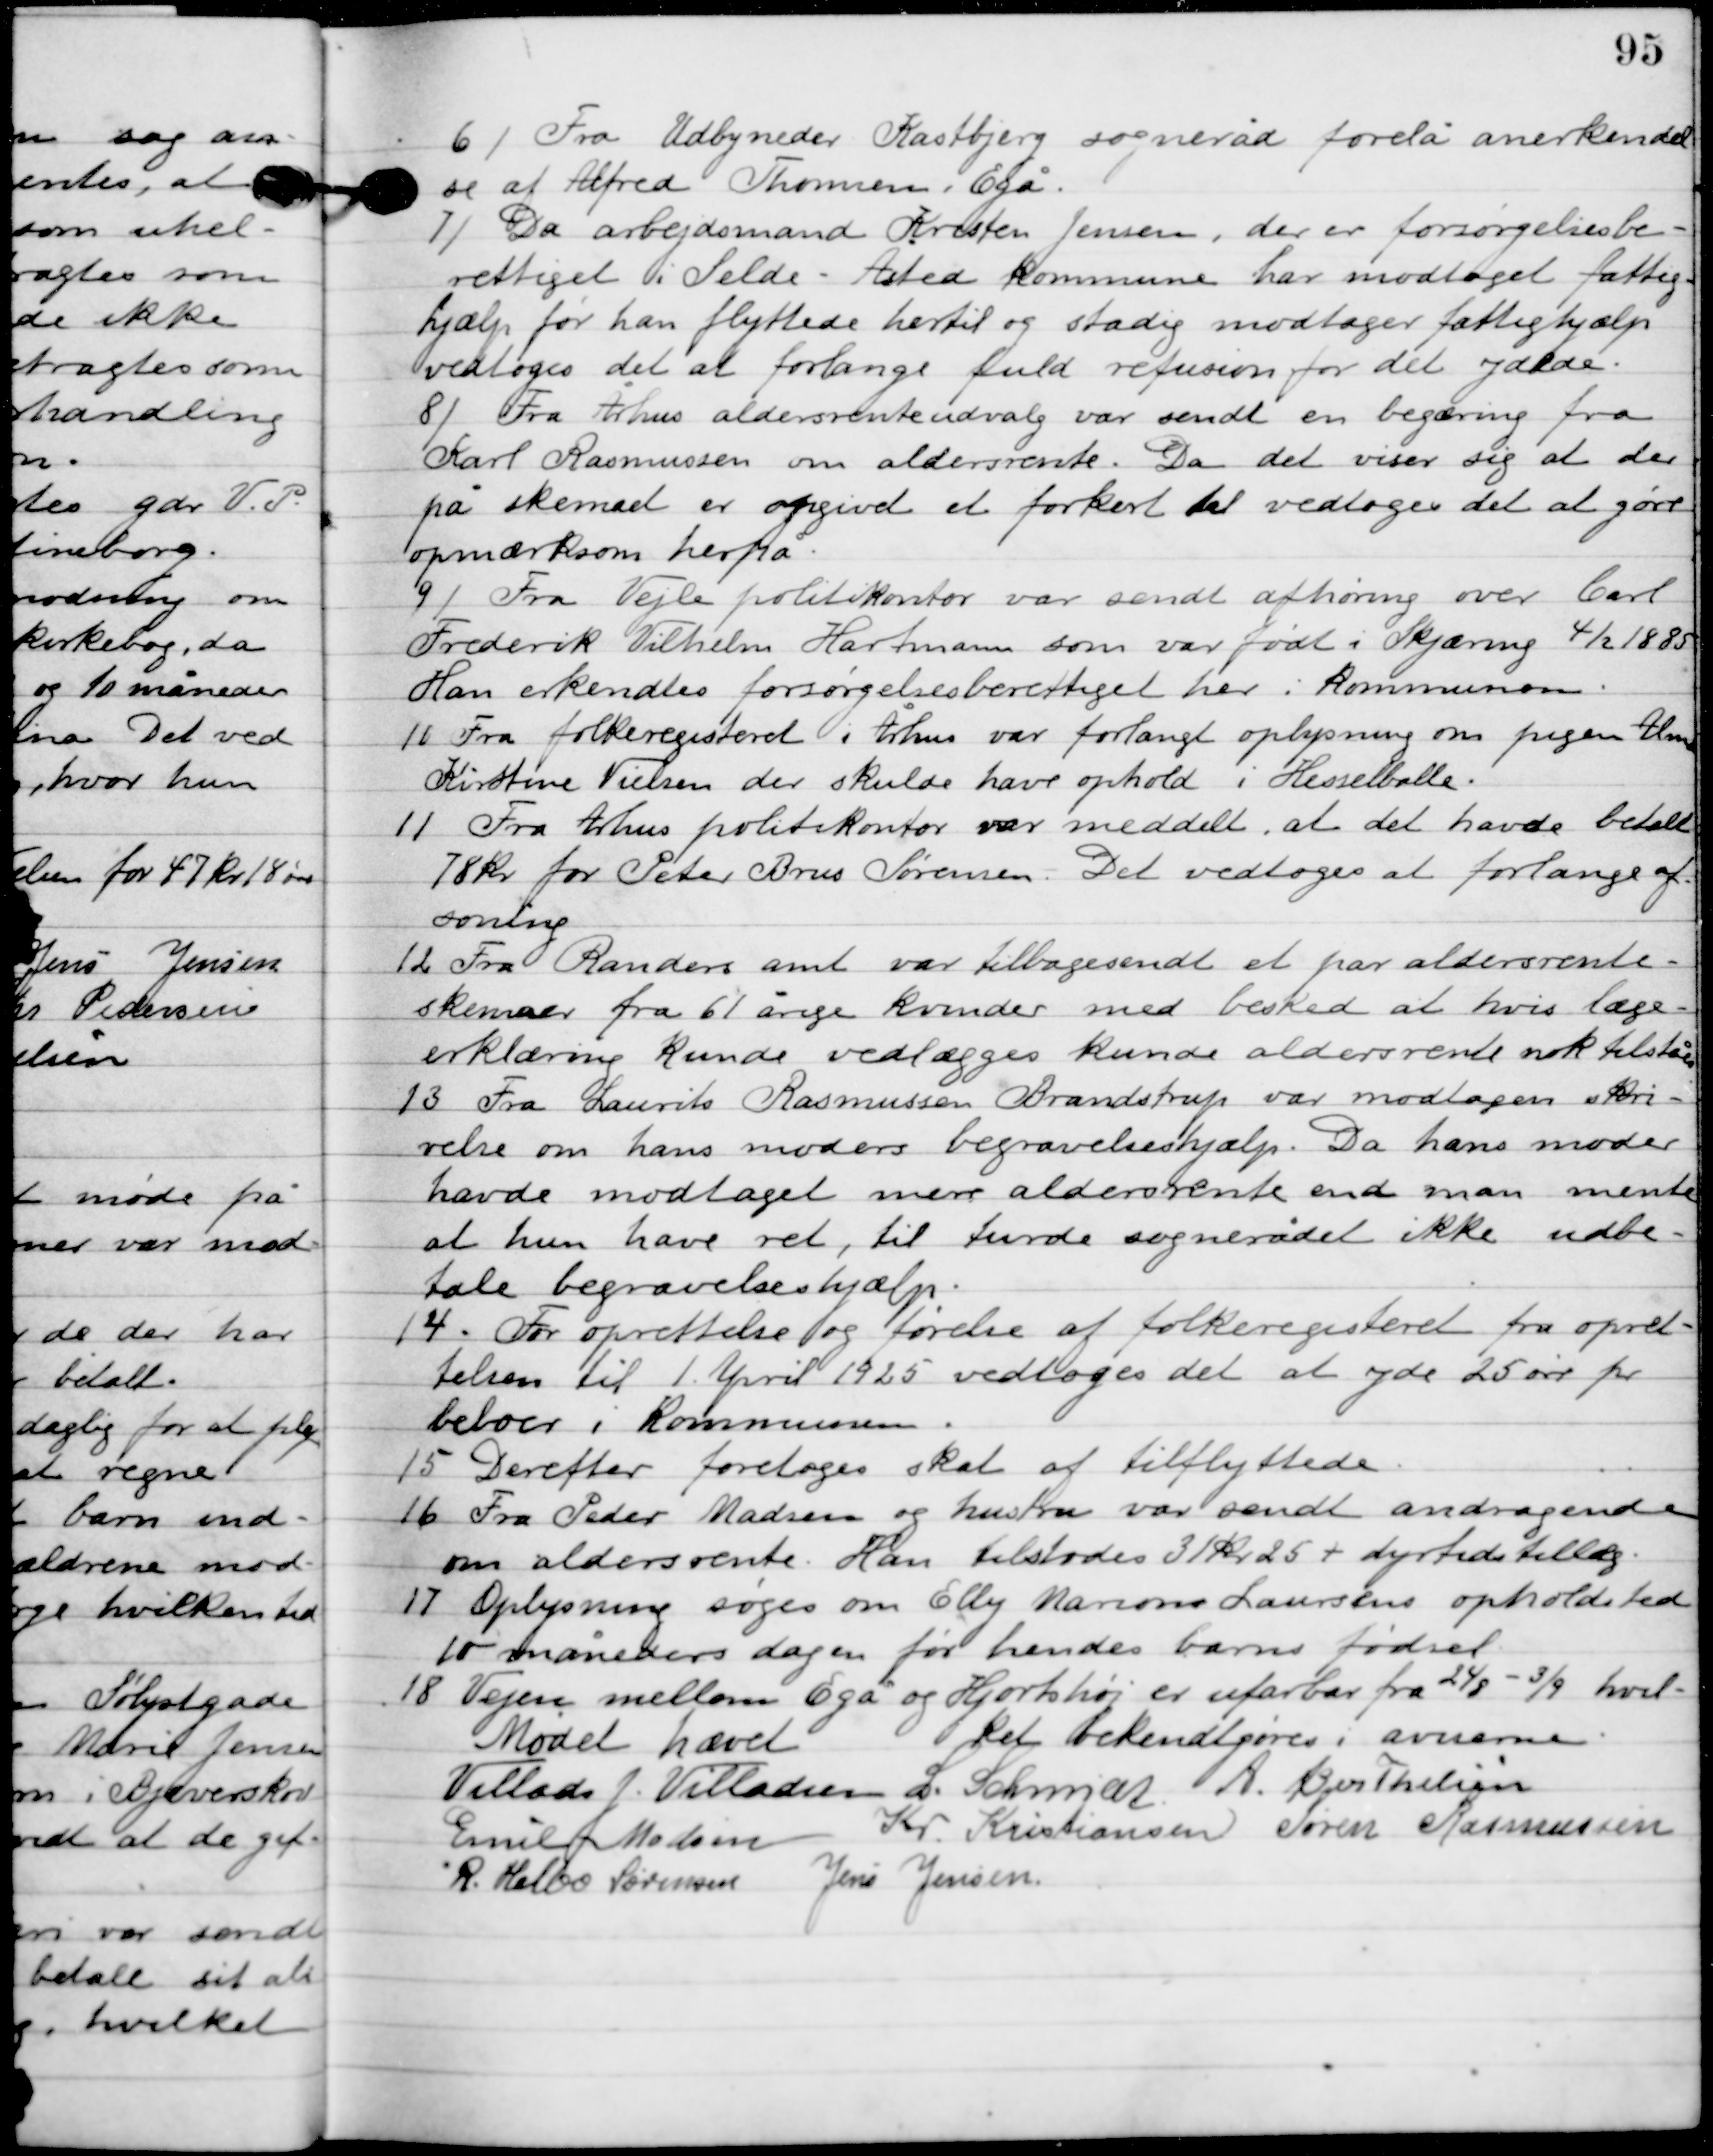
Transskription:
6

Fra Udbyneder Kastbjerg sogneråd forelå anerkendel
se af Alfred Thomsen, Egå.

7

Da arbejdsmand Kristen Jensen, der er forøgelsesbe-
rettiget i Selde. Åsted kommune har modtaget fattig-
hjælp før han flyttede hertil og stadig modtager fattighjælp
 vedtoges det at forlange fuld refusion for det ydede.

8

Fra Århus aldersrenteudvalg var sendt en begæring fra
Karl Rasmussen om aldersrente. Da det viser sig at der
på skemaet er opgivet et forkert tal vedtoges det at gøre
opmærksom herfra.

9	Fra Vejle politikontor var sendt afhøring over Carl
Frederik Vilhelm Hartman som var født i Skjæring 4/2 1885.
Han erkendes forøgelsesberettiget her i kommunen.

10

Fra folkeregisteret i Århus var forlangt oplysning om pigen Alma
Kirstine Nielsen der skulde have opholdt i Hesselballe.

11

Fra Århus politikontor var meddelt, at det havde betalt
78 kr. for Peter Brus Sørensen. Det vedtoges at forlange af-
soning.

12

Fra Randers amt var tilbagesendt et par aldersrente-
skemaer fra 61 årige kvinder med besked at hvis læge-
erklæring kunde vedlægges kunde aldersrente nok tilståes.

13

Fra Laurits Rasmussen Brandstrup var modtagen skri-
velse om hans moder begravelseshjælp. Da hans moder
havde modtaget mere aldersrente end man mente
at hun havde ret, til turde sognerådet ikke udbe-
tale begravelseshjælp.

14

For oprettelse og førelse af folkeregisteret fra opret-
telsen til 1. April 1925 vedtoges det at yde 25 øre pr.
beboer i kommunen.

15

Derefter foretoges skat af tilflyttede.

16

Fra Peder Madsen og hustru var sendt andragende
om aldersrente. Han tilstodes 31 kr. 25 + dyrtidstillæg.

17

Oplysning søges om Elly Mariane Laursens opholdssted
10 måneders dagen for hendes barns fødsel.

18

Vejen mellem Egå og Hjortshøj er ufarbar fra 24/8-3/9 hvil-
ket bekendtgøres i aviserne.

Mødet hævet.

Villads J. Villadsen
L. Schmidt
A. Berthelsen
Emil Madsen
Kr. Kristiansen
Søren Rasmussen
R. Helbo Sørensen
Jens Jensen